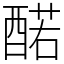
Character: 䤀